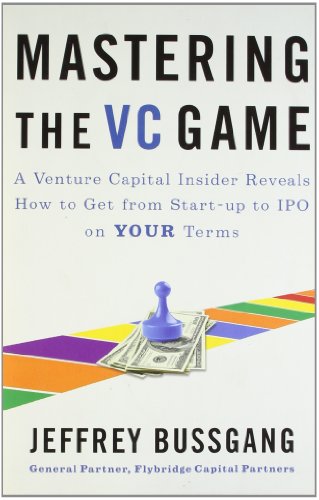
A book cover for Mastering the VC Game: A Venture Capital Insider Reveals How to Get from Start-up to IPO on Your Terms; Jeffrey Bussgang; Business & Money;